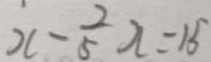
x - \frac { 2 } { 5 } x = 1 5